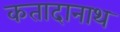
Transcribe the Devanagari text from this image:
कतादानाथ